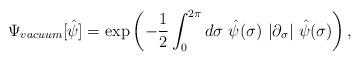
LaTeX: \begin{align*}\Psi _{vacuum}[\hat \psi ]=\exp \left( -{\frac 12}\int_0^{2\pi }d\sigma{}~\hat \psi (\sigma )~|\partial _\sigma |~\hat \psi (\sigma )\right) ,\end{align*}